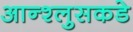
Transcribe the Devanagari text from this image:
आन्श्लुसकडे